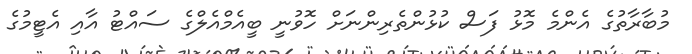
މުބާރާތުގެ އެންމެ މޮޅު ފަސް ކުޅުންތެރިންނަށް ހޮވުނީ ބީއެމްއެލްގެ ސައްޓު އާއި އެޓީމުގެ